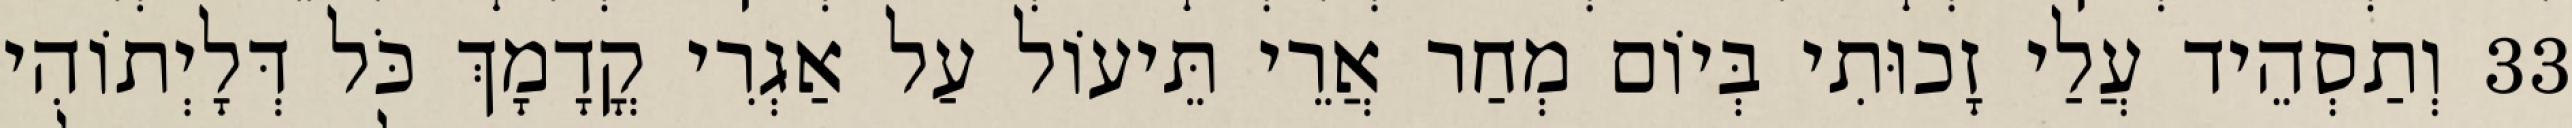
33 וְתַסְהֵיד עֲלַי זָכוּתִי בְּיוֹם מְחַר אֲרֵי תֵּיעוֹל עַל אַגְרִי קֳדָמָךְ כֹּל דְּלָיְתוֹהִי